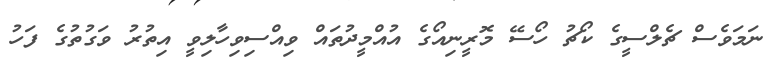
ނަމަވެސް ޗެލްސީގެ ކޯޗު ހޯސޭ މޮރީނިއޯގެ އުއްމީދުތައް ވިއްސިވިހާލިވީ އިތުރު ވަގުތުގެ ފަހު